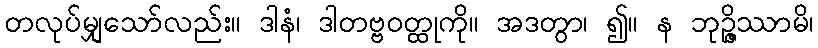
တလုပ်မျှသော်လည်း။ ဒါနံ၊ ဒါတဗ္ဗဝတ္ထုကို။ အဒတွာ၊ ၍။ န ဘုဉ္ဇိဿာမိ၊